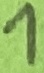
Text: 1